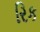
રિક